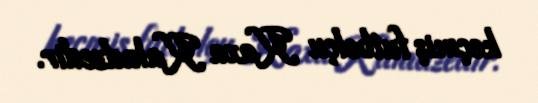
keçmiş futbolçu Kaxa Kaladzedir.